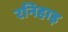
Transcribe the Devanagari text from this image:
रनिहाड़